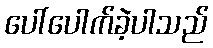
ပေါ်ပေါက်ခဲ့ပါသည်